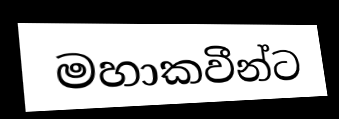
මහාකවීන්ට